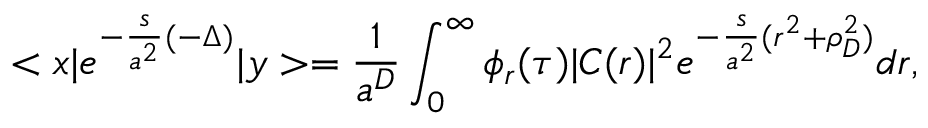
< x | e ^ { - \frac { s } { a ^ { 2 } } ( - \Delta ) } | y > = \frac { 1 } { a ^ { D } } \int _ { 0 } ^ { \infty } \phi _ { r } ( \tau ) | C ( r ) | ^ { 2 } e ^ { - \frac { s } { a ^ { 2 } } ( r ^ { 2 } + \rho _ { D } ^ { 2 } ) } d r ,